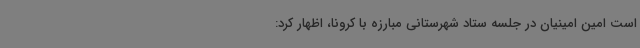
است امین امینیان در جلسه ستاد شهرستانی مبارزه با کرونا، اظهار کرد: